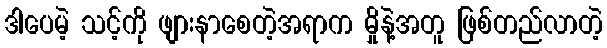
ဒါပေမဲ့ သင့်ကို ဖျားနာစေတဲ့အရာက မှိုနဲ့အတူ ဖြစ်တည်လာတဲ့